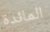
المائدة